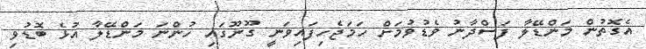
އެގޮތުން މަންޑޭލާ ފަސްދާނު ވެޑުވުމަށް ހަމަޖެހިފައިވަނީ ގޫނޫގައި ހުންނަ މަންޑޭލާ އުޅެ ބޮޑުވި